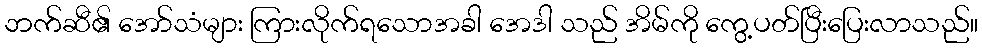
ဘက်ဆီ၏ အော်သံများ ကြားလိုက်ရသောအခါ အေဒါ သည် အိမ်ကို ကွေ့ပတ်ပြီးပြေးလာသည်။